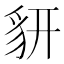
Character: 𧲨